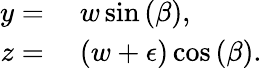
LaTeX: \begin{array}{rl}{y={}}&{{}w\sin{(\beta)},}\\ {z={}}&{{}(w+\epsilon)\cos{(\beta)}.}\end{array}